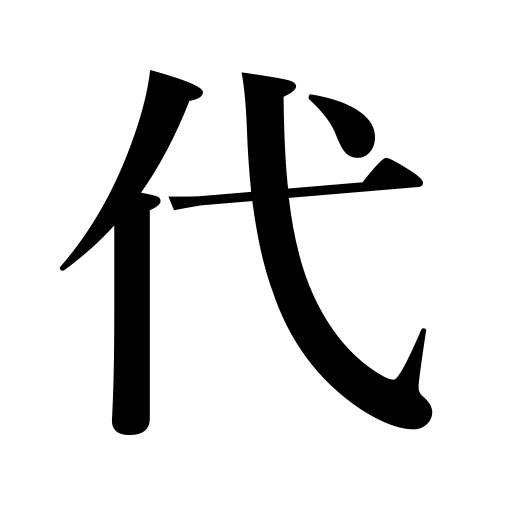
Meanings: exchange,renew,era,substitution,charge,turn,age,period,public,reign,replace,relieve,life,world,lifetime,fee,change,cost,price,society,substitute,rate,career,convert,existence,generation,times